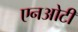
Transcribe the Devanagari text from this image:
एनओटी